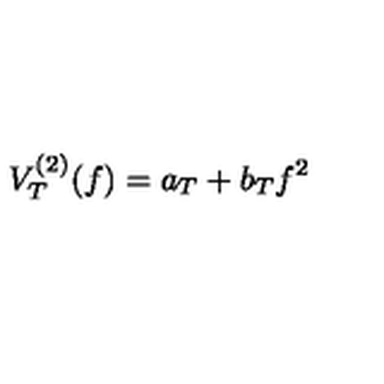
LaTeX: V _ { T } ^ { ( 2 ) } ( f ) = a _ { T } + b _ { T } f ^ { 2 }